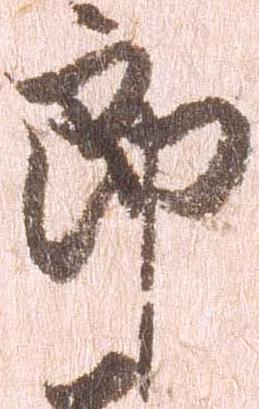
郎